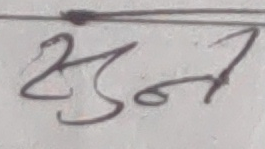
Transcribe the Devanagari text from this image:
सुन्त